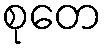
စုတေ